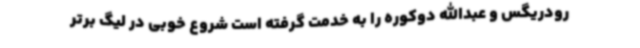
رودریگس و عبدالله دوکوره را به خدمت گرفته است شروع خوبی در لیگ برتر